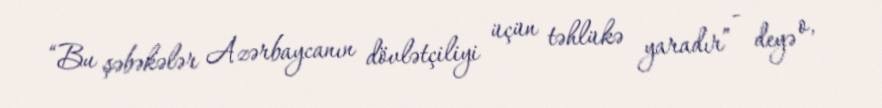
“Bu şəbəkələr Azərbaycanın dövlətçiliyi üçün təhlükə yaradır” - deyə o,